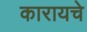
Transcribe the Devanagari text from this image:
कारायचे